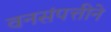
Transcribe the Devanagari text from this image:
वनसंपत्तीने